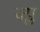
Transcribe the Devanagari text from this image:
क्प्ल